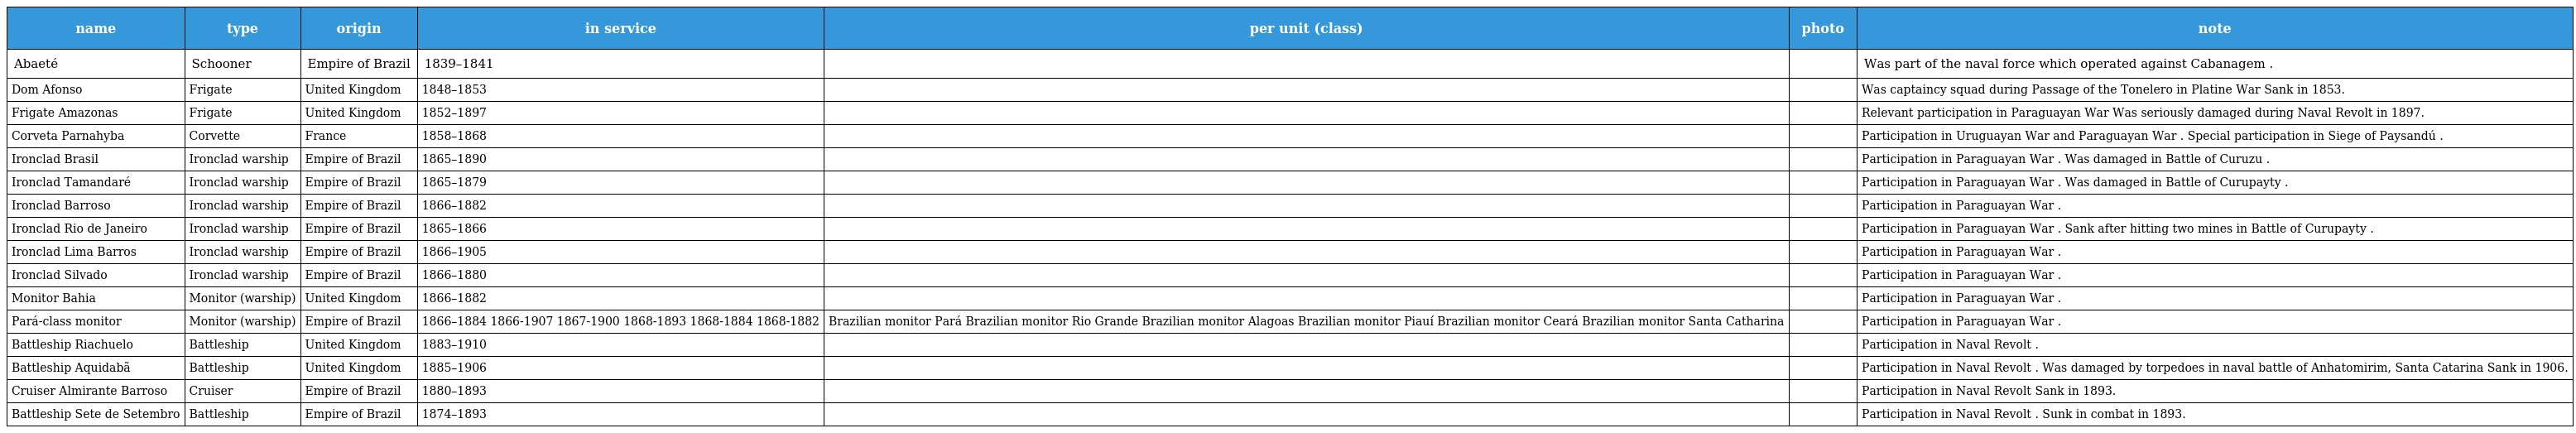
| name | type | origin | in service | per unit (class) | photo | note |
 | --- | --- | --- | --- | --- | --- | --- |
 | Abaeté | Schooner | Empire of Brazil | 1839–1841 |  |  | Was part of the naval force which operated against Cabanagem . |
 | Dom Afonso | Frigate | United Kingdom | 1848–1853 |  |  | Was captaincy squad during Passage of the Tonelero in Platine War Sank in 1853. |
 | Frigate Amazonas | Frigate | United Kingdom | 1852–1897 |  |  | Relevant participation in Paraguayan War Was seriously damaged during Naval Revolt in 1897. |
 | Corveta Parnahyba | Corvette | France | 1858–1868 |  |  | Participation in Uruguayan War and Paraguayan War . Special participation in Siege of Paysandú . |
 | Ironclad Brasil | Ironclad warship | Empire of Brazil | 1865–1890 |  |  | Participation in Paraguayan War . Was damaged in Battle of Curuzu . |
 | Ironclad Tamandaré | Ironclad warship | Empire of Brazil | 1865–1879 |  |  | Participation in Paraguayan War . Was damaged in Battle of Curupayty . |
 | Ironclad Barroso | Ironclad warship | Empire of Brazil | 1866–1882 |  |  | Participation in Paraguayan War . |
 | Ironclad Rio de Janeiro | Ironclad warship | Empire of Brazil | 1865–1866 |  |  | Participation in Paraguayan War . Sank after hitting two mines in Battle of Curupayty . |
 | Ironclad Lima Barros | Ironclad warship | Empire of Brazil | 1866–1905 |  |  | Participation in Paraguayan War . |
 | Ironclad Silvado | Ironclad warship | Empire of Brazil | 1866–1880 |  |  | Participation in Paraguayan War . |
 | Monitor Bahia | Monitor (warship) | United Kingdom | 1866–1882 |  |  | Participation in Paraguayan War . |
 | Pará-class monitor | Monitor (warship) | Empire of Brazil | 1866–1884 1866-1907 1867-1900 1868-1893 1868-1884 1868-1882 | Brazilian monitor Pará Brazilian monitor Rio Grande Brazilian monitor Alagoas Brazilian monitor Piauí Brazilian monitor Ceará Brazilian monitor Santa Catharina |  | Participation in Paraguayan War . |
 | Battleship Riachuelo | Battleship | United Kingdom | 1883–1910 |  |  | Participation in Naval Revolt . |
 | Battleship Aquidabã | Battleship | United Kingdom | 1885–1906 |  |  | Participation in Naval Revolt . Was damaged by torpedoes in naval battle of Anhatomirim, Santa Catarina Sank in 1906. |
 | Cruiser Almirante Barroso | Cruiser | Empire of Brazil | 1880–1893 |  |  | Participation in Naval Revolt Sank in 1893. |
 | Battleship Sete de Setembro | Battleship | Empire of Brazil | 1874–1893 |  |  | Participation in Naval Revolt . Sunk in combat in 1893. |